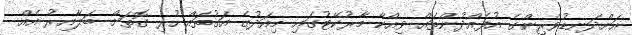
އަށްދަނޑުވެރިންގެ އުފެއްދުންތައް ވިއްކާ މާރުކޭޓުގައި މިއަދުގެ އަގުތައް ހުރި ގޮތަށް ބަލާއިރު އެއް